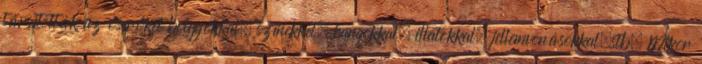
társították az őserőket bolygókkal, színekkel, hangokkal, illatokkal, jellemvonásokkal,stb. Mikor